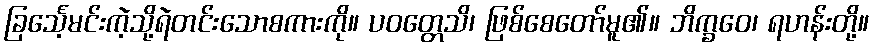
ခြင်္သေ့မင်းကဲ့သို့ရဲတင်းသောစကားကို။ ပဝတ္တေသိ၊ ဖြစ်စေတော်မူ၏။ ဘိက္ခဝေ၊ ရဟန်းတို့။